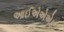
આઈએએએફ